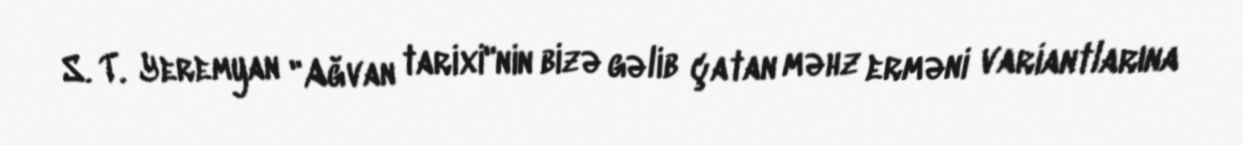
S. T. Yeremyan "Ağvan tarixi"nin bizə gəlib çatan məhz erməni variantlarına